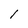
Character: l